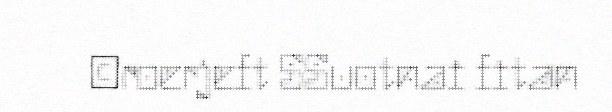
©roerjeft SSuotnai fitan